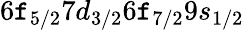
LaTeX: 6\mathtt{f}_{5/2}7d_{3/2}6\mathtt{f}_{7/2}9s_{1/2}